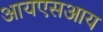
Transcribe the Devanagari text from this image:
आयएसआय